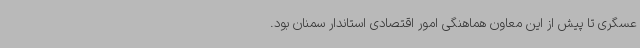
عسگری تا پیش از این معاون هماهنگی امور اقتصادی استاندار سمنان بود.‌